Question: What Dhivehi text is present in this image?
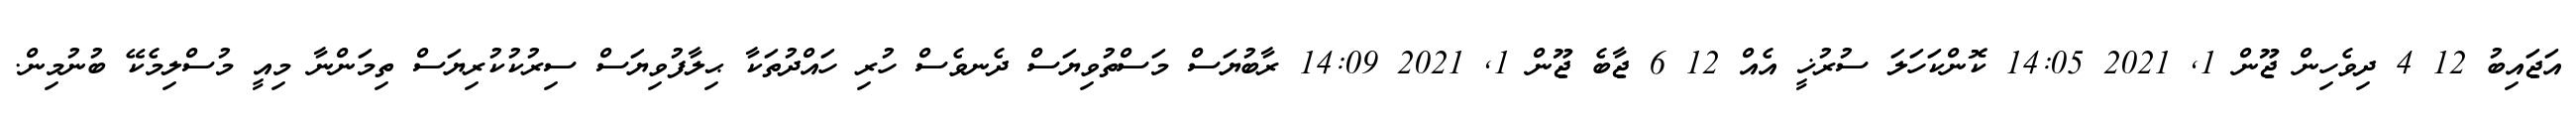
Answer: އަޖައިބު 12 4 ދިވެހިން ޖޫން 1, 2021 14:05 ކޮންކަހަލަ ސުރުޚީ އެއް 12 6 ޖާބެ ޖޫން 1, 2021 14:09 ރާބުޔަސް މަސްތުވިޔަސް ދެނވެސް ހުރި ހައްދުތަކާ ޙިލާފުވިޔަސް ސިރުކުކުރިޔަސް ތިމަންނާ މިއީ މުސްލިމެކޭ ބުނުމިން.